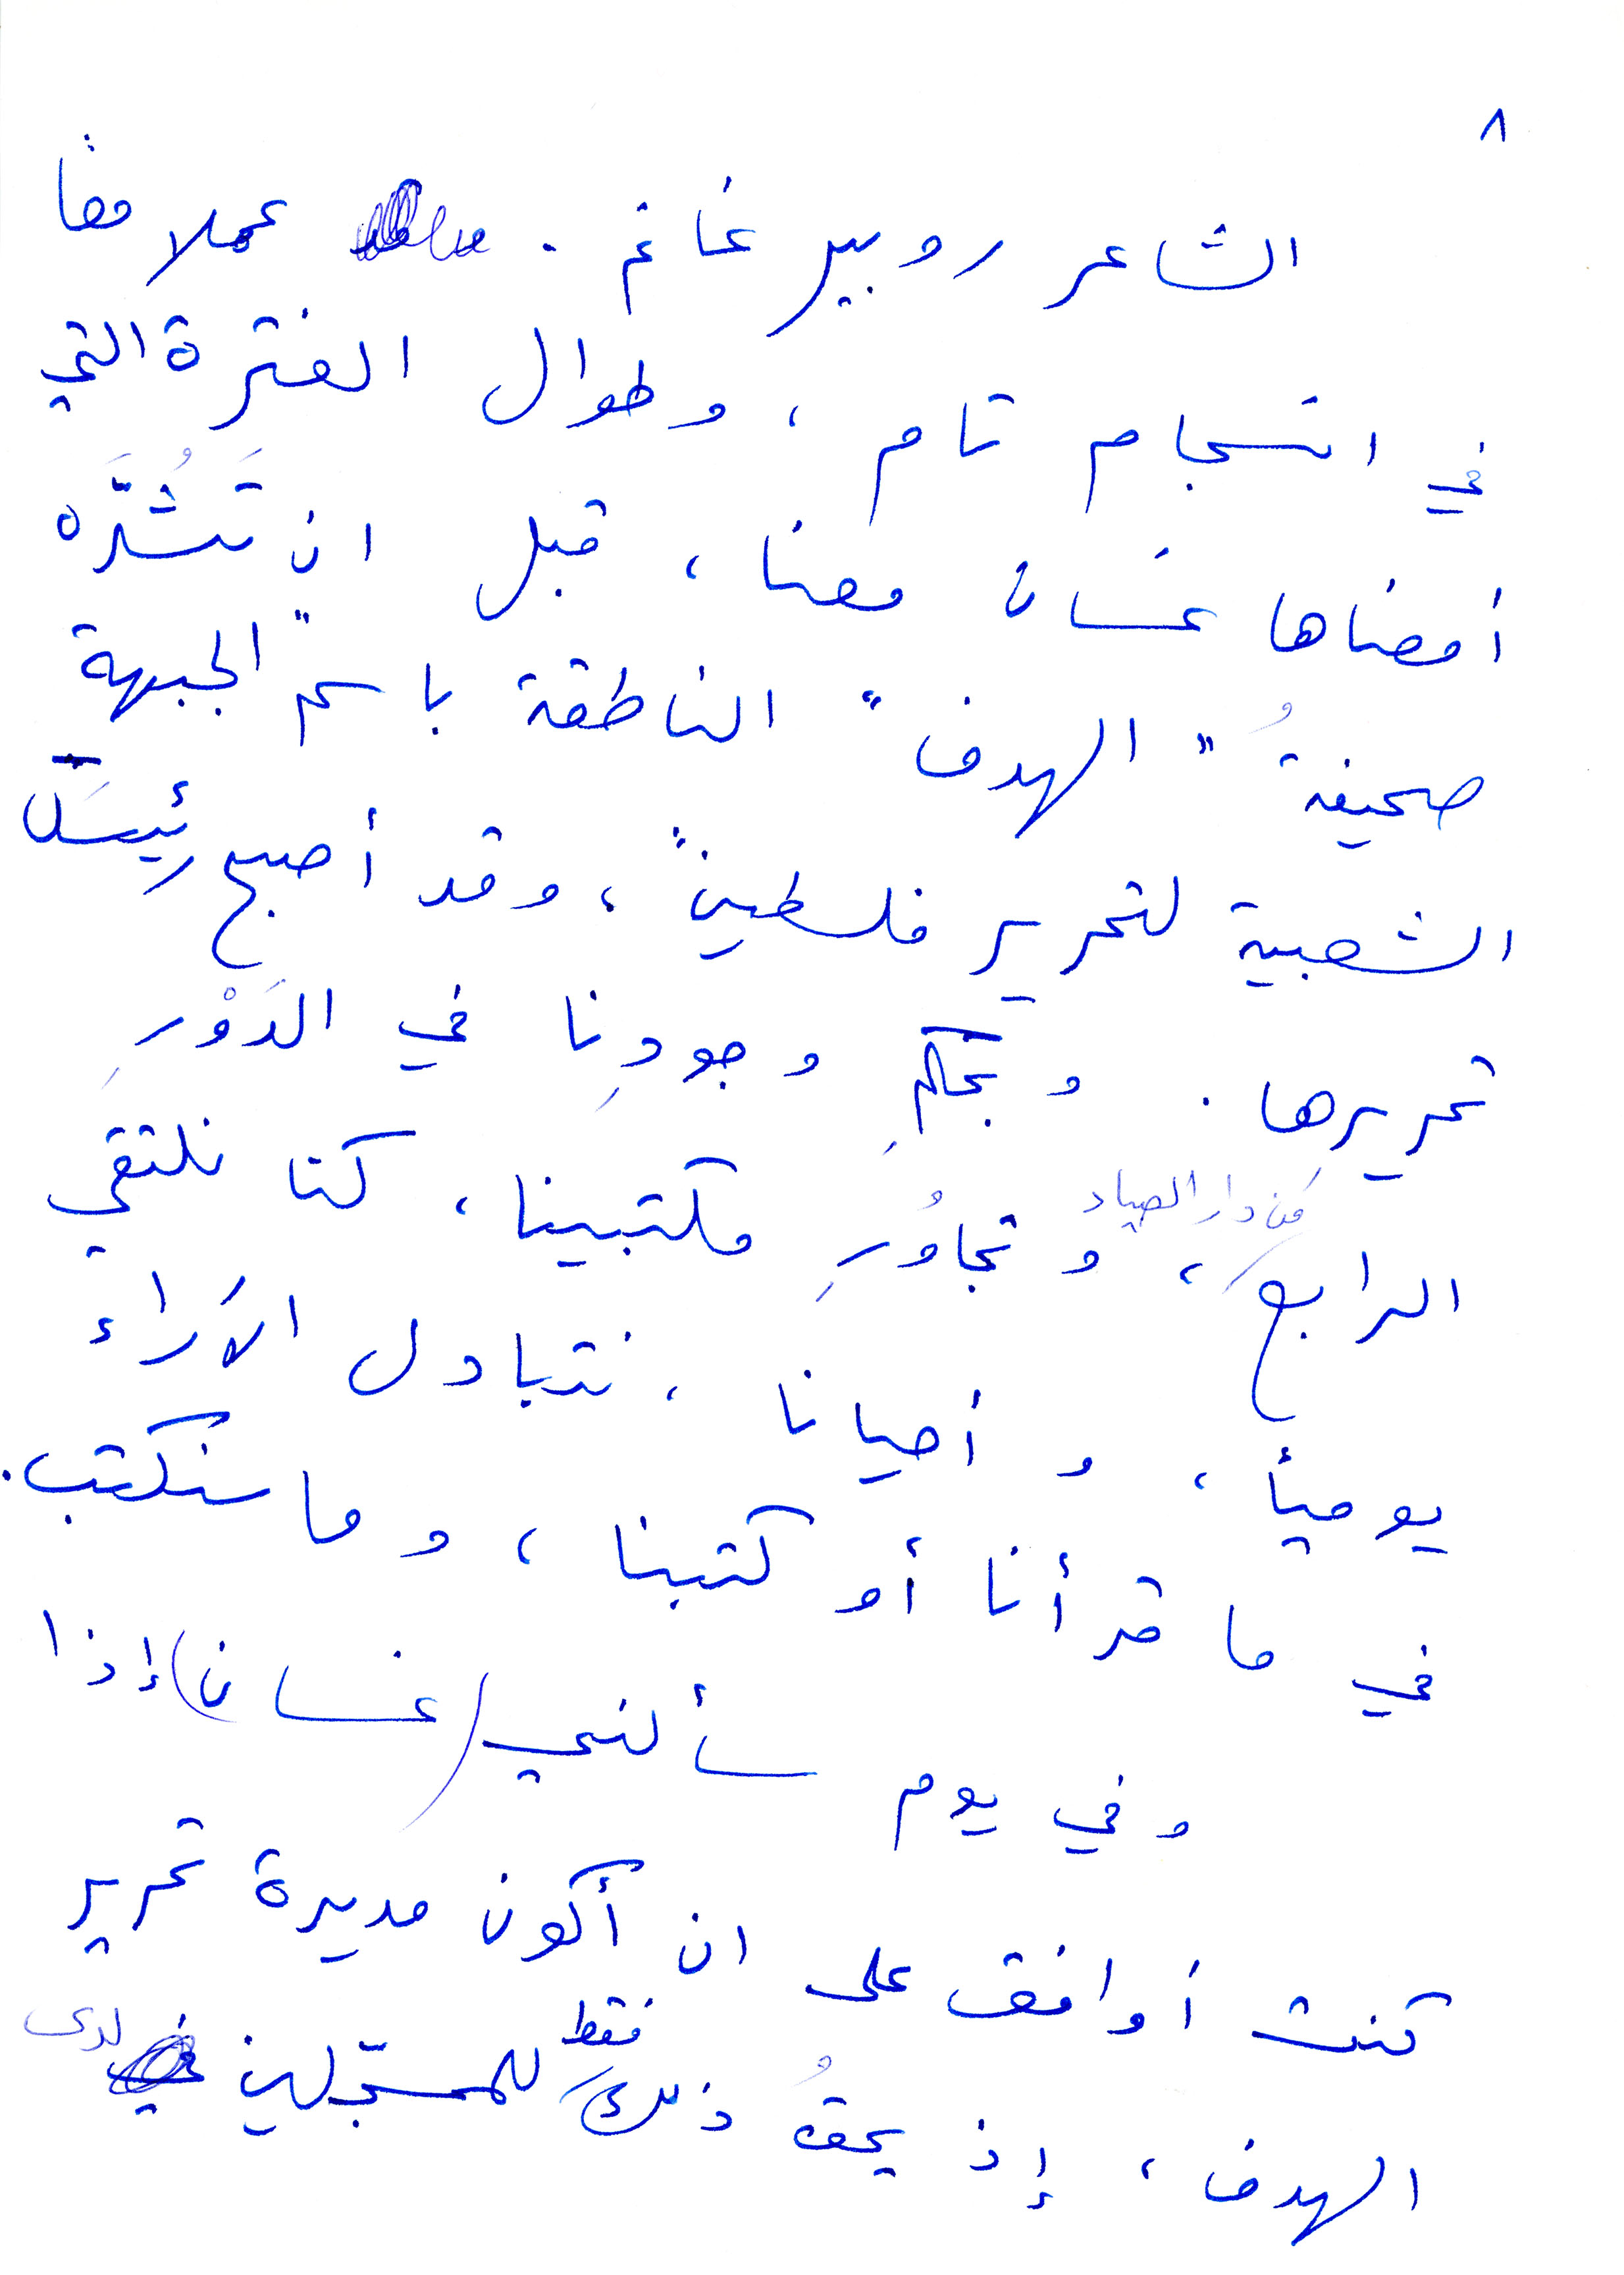
الشاعر روبير غانم. عملا معًا
في انسجام تام. وطوال الفترة التي
أمضاها غسان معنا. قبل أن تشدّه
صحيفة "الهدف" الناطقة باسم الجبهة
الشعبية لتحرير فلسطين، وقد اصبح رئيس
تحريرها. وبحكم وجودنا في الدور
الرابع من دار الصياد، وتجاوز مكتبينا، كنا نلتقي
يوميًا، واحيانا، نتبادل الآراء
في ما قرأنا او كتابنا، وما سنكتب.
وفي يوم سألني (غسان) إذا
كنت أوافق على ان أكون مديرة تحرير
الهدف، اذ يحق ذلك فقط للمسجّلين لدى